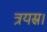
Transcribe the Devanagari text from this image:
त्रयस्र।